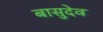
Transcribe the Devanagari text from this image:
बासुदेव